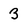
Character: 3